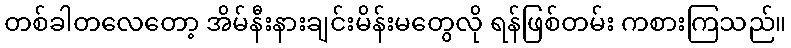
တစ်ခါတလေတော့ အိမ်နီးနားချင်းမိန်းမတွေလို ရန်ဖြစ်တမ်း ကစားကြသည်။